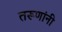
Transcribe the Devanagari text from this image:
तरूणांनी